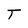
Character: T